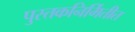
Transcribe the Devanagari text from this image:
पुस्तकनिर्मितीत